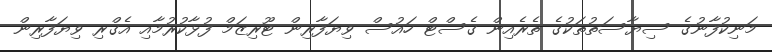
މަނިކުފާނުގެ ސިޔާސަތުތަކުގެ ތެރެއިން ގެސްޓް ހައުސް ވިޔަފާރިން ޓޫރިޒަމް ފުޅާކުރުމާއި އެގްރި ވިޔަފާރިން